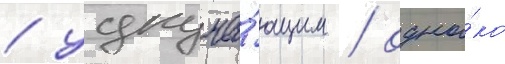
/ удруча́ющим / одна́ко